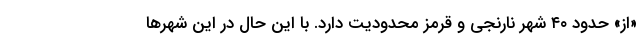
«از» حدود ۴۰ شهر نارنجی و قرمز محدودیت دارد. با این حال در این شهرها